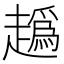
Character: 𧽶